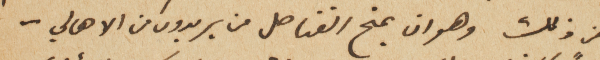
من ذلك وهو ان يمنح القناصل من يريدون من الاهالي –